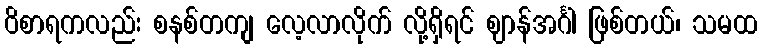
ဝိစာရကလည်း စနစ်တကျ လေ့လာလိုက် လို့ရှိရင် ဈာန်အင်္ဂါ ဖြစ်တယ်၊ သမထ